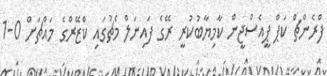
ފްރެންޗް ކަޕް ޕީއެސްޖީން ކާމިޔާބުކުރީ ރޭގެ ފައިނަލް މެޗުގައި ކްޒޭރްގެ މައްޗަށް 0-1